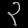
Digit: ၃